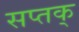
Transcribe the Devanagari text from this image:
सप्तक्